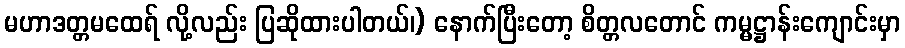
မဟာဒတ္တမထေရ် လို့လည်း ပြဆိုထားပါတယ်၊) နောက်ပြီးတော့ စိတ္တလတောင် ကမ္မဋ္ဌာန်းကျောင်းမှာ